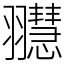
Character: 䎚